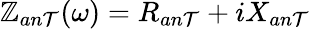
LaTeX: \mathbb{Z}_{an\mathcal{T}}(\omega)=R_{an\mathcal{T}}+iX_{an\mathcal{T}}